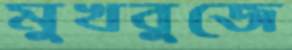
মুখবুজে